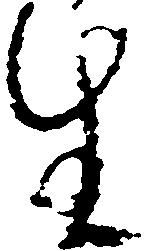
生